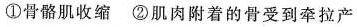
①骨骼肌收缩②肌肉附着的骨受到牵拉产